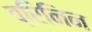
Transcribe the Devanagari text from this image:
ब्रिनिन